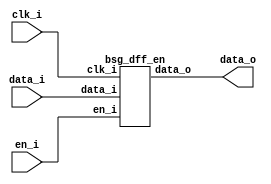
// This program was cloned from: https://github.com/chipsalliance/synlig
// License: Apache License 2.0



module top
(
  clk_i,
  data_i,
  en_i,
  data_o
);

  input [15:0] data_i;
  output [15:0] data_o;
  input clk_i;
  input en_i;

  bsg_dff_en
  wrapper
  (
    .data_i(data_i),
    .data_o(data_o),
    .clk_i(clk_i),
    .en_i(en_i)
  );


endmodule



module bsg_dff_en
(
  clk_i,
  data_i,
  en_i,
  data_o
);

  input [15:0] data_i;
  output [15:0] data_o;
  input clk_i;
  input en_i;
  wire [15:0] data_o;
  reg data_o_15_sv2v_reg,data_o_14_sv2v_reg,data_o_13_sv2v_reg,data_o_12_sv2v_reg,
  data_o_11_sv2v_reg,data_o_10_sv2v_reg,data_o_9_sv2v_reg,data_o_8_sv2v_reg,
  data_o_7_sv2v_reg,data_o_6_sv2v_reg,data_o_5_sv2v_reg,data_o_4_sv2v_reg,data_o_3_sv2v_reg,
  data_o_2_sv2v_reg,data_o_1_sv2v_reg,data_o_0_sv2v_reg;
  assign data_o[15] = data_o_15_sv2v_reg;
  assign data_o[14] = data_o_14_sv2v_reg;
  assign data_o[13] = data_o_13_sv2v_reg;
  assign data_o[12] = data_o_12_sv2v_reg;
  assign data_o[11] = data_o_11_sv2v_reg;
  assign data_o[10] = data_o_10_sv2v_reg;
  assign data_o[9] = data_o_9_sv2v_reg;
  assign data_o[8] = data_o_8_sv2v_reg;
  assign data_o[7] = data_o_7_sv2v_reg;
  assign data_o[6] = data_o_6_sv2v_reg;
  assign data_o[5] = data_o_5_sv2v_reg;
  assign data_o[4] = data_o_4_sv2v_reg;
  assign data_o[3] = data_o_3_sv2v_reg;
  assign data_o[2] = data_o_2_sv2v_reg;
  assign data_o[1] = data_o_1_sv2v_reg;
  assign data_o[0] = data_o_0_sv2v_reg;

  always @(posedge clk_i) begin
    if(en_i) begin
      data_o_15_sv2v_reg <= data_i[15];
      data_o_14_sv2v_reg <= data_i[14];
      data_o_13_sv2v_reg <= data_i[13];
      data_o_12_sv2v_reg <= data_i[12];
      data_o_11_sv2v_reg <= data_i[11];
      data_o_10_sv2v_reg <= data_i[10];
      data_o_9_sv2v_reg <= data_i[9];
      data_o_8_sv2v_reg <= data_i[8];
      data_o_7_sv2v_reg <= data_i[7];
      data_o_6_sv2v_reg <= data_i[6];
      data_o_5_sv2v_reg <= data_i[5];
      data_o_4_sv2v_reg <= data_i[4];
      data_o_3_sv2v_reg <= data_i[3];
      data_o_2_sv2v_reg <= data_i[2];
      data_o_1_sv2v_reg <= data_i[1];
      data_o_0_sv2v_reg <= data_i[0];
    end 
  end


endmodule